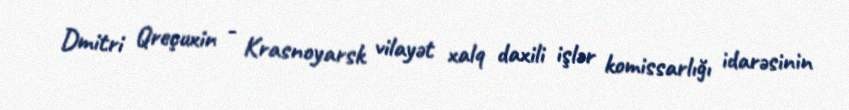
Dmitri Qreçuxin - Krasnoyarsk vilayət xalq daxili işlər komissarlığı idarəsinin